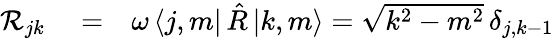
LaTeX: \begin{array}{rlr}{\mathcal{R}_{jk}}&{{}=}&{\omega\, \langle j,m|\, {\hat{R}}\, {|k,m\rangle}=\sqrt{k^{2}-m^{2}}\, \delta_{j,k-1}}\end{array}